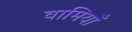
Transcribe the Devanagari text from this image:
वामियाँ